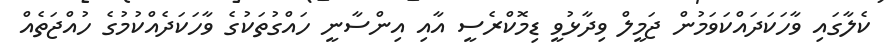
ކެލާގައި ވާހަކަދައްކަވަމުން ޖަމީލް ވިދާޅުވީ ޑިމޮކްރެސީ އާއި އިންސާނީ ހައްގުތަކުގެ ވާހަކަދެއްކުމުގެ ހުއްޖަތެއް